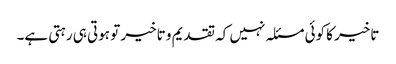
تاخیر کا کوئی مسئلہ نہیں کہ تقدیم و تاخیر تو ہوتی ہی رہتی ہے۔